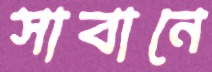
সাবানে